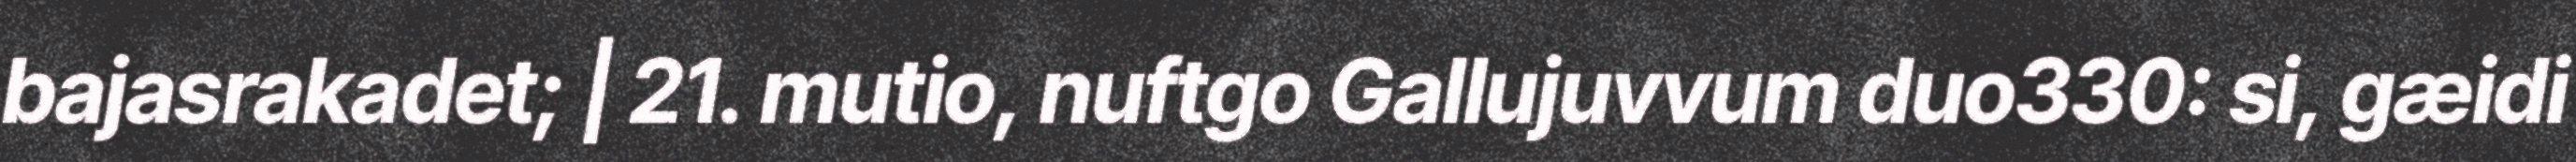
bajasrakadet; | 21. mutio, nuftgo Gallujuvvum duo330: si, gæidi